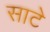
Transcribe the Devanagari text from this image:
साटे